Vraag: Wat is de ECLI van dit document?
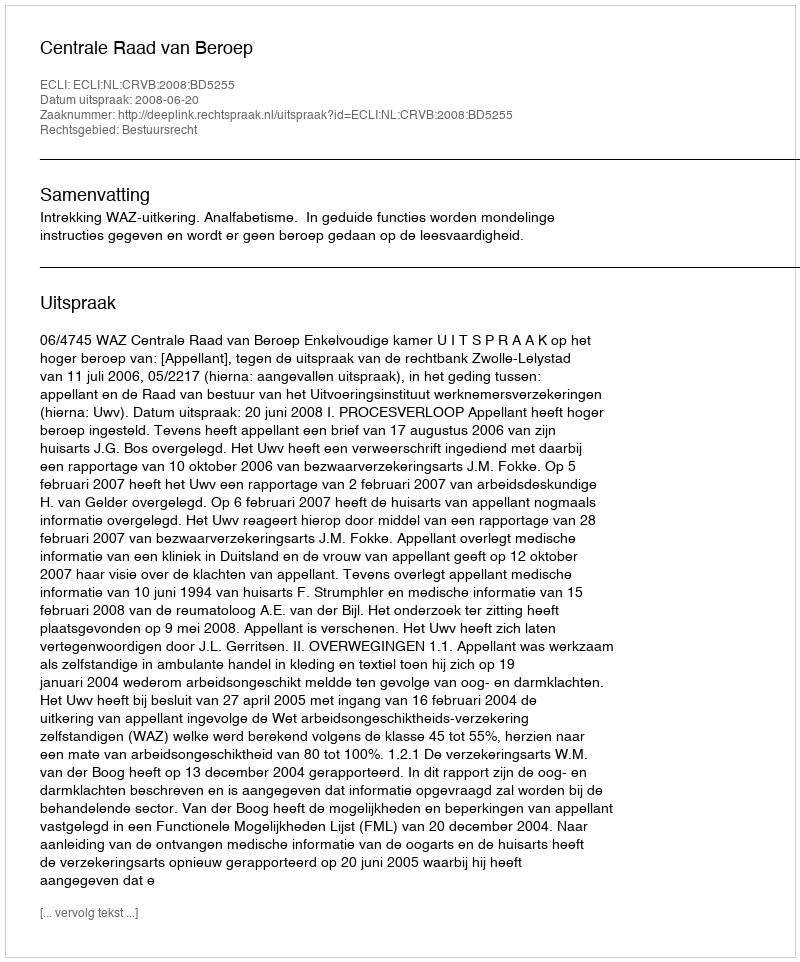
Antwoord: ECLI:NL:CRVB:2008:BD5255